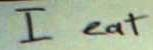
I eat